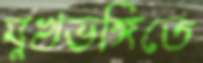
মুখভঙ্গিতে